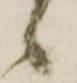
候